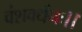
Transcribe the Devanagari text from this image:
वंशवर्धनः।।